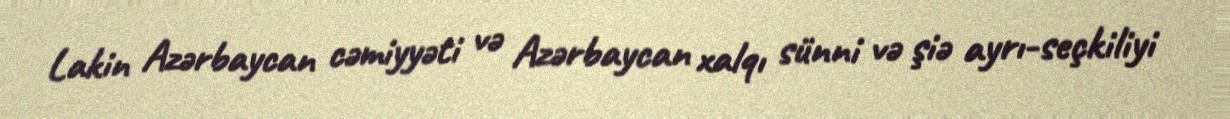
Lakin Azərbaycan cəmiyyəti və Azərbaycan xalqı sünni və şiə ayrı-seçkiliyi